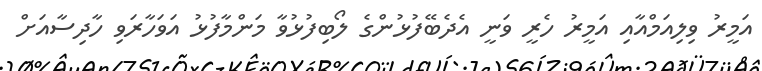
އަމީރު ވިލިއަމްއާއި އަމީރު ހެރީ ވަނީ އެދެބޭފުޅުންގެ ލޯބިފުޅުވާ މަންމާފުޅު އަވަހާރަވި ހާދިސާއަށް